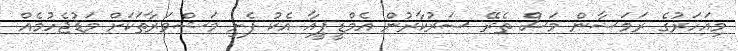
މިއަހަރުގެ ރަމަޟާން މަސް ތެރޭ ސަރުކާރުން އެމްޑީޕީއާ އެކު ފެށި މަޝްވަރާތަކަށް މަޑުޖެހުމެއް